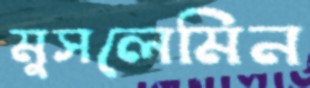
মুসলেমিন